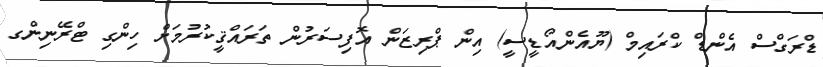
ޑްރަގްސް އެންޑް ކްރައިމް (ޔޫއެންއޯޑީސީ) އިން ޕްރިޒަން އޮފިސަރުން ތަރައްޤީކުރުމަށް ހިންގި ޓްރޭނިންގ